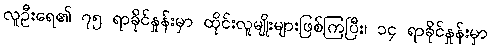
လူဦးရေ၏ ၇၅ ရာခိုင်နှုန်းမှာ ထိုင်းလူမျိုးများဖြစ်ကြပြီး၊ ၁၄ ရာခိုင်နှုန်းမှာ